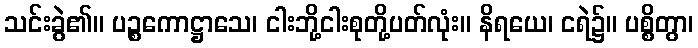
သင်းခွဲ၏။ ပဉ္စကောဋ္ဌာသေ၊ ငါးဘို့ငါးစုတို့ပတ်လုံး။ နိရယေ၊ ငရဲ၌။ ပစ္စိတွာ၊